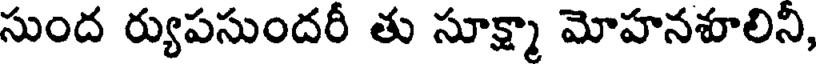
సుంద ర్యుపసుందరీ తు సూక్ష్మా మోహనశూలిని,